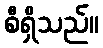
စီရှိသည်။